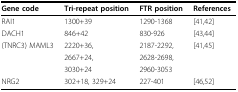
| Gene code | Tri-repeat position | FTR position | References |
 | --- | --- | --- | --- |
 | RAI1 | 1300+39 | 1290-1368 | [41,42] |
 | DACH1 | 846+42 | 830-926 | [43,44] |
 | (TNRC3) MAML3 | 2220+36, | 2187-2292, | [41,45] |
 |  | 2667+24, | 2628-2698, |  |
 |  | 3030+24 | 2960-3053 |  |
 | NRG2 | 302+18, 329+24 | 227-401 | [46,52] |